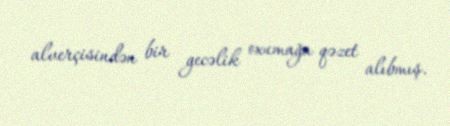
alverçisindən bir gecəlik oxumağa qəzet alıbmış.